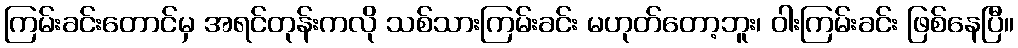
ကြမ်းခင်းတောင်မှ အရင်တုန်းကလို သစ်သားကြမ်းခင်း မဟုတ်တော့ဘူး၊ ဝါးကြမ်းခင်း ဖြစ်နေပြီ။